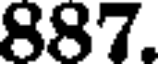
887.